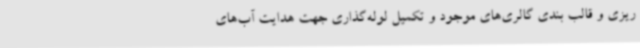
ریزی و قالب بندی گالری‌های موجود و تکمیل لوله‌گذاری جهت هدایت آب‌های